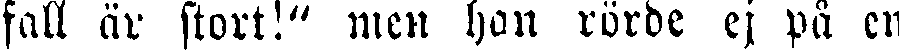
fall är stort!" men han rörde ej på en